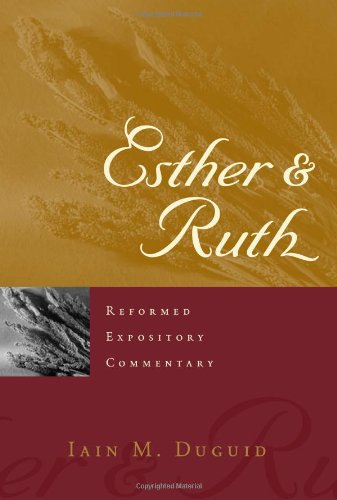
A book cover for Esther and Ruth (Reformed Expository Commentary); Iain M. Duguid; Christian Books & Bibles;